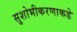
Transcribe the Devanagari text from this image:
सुशोभीकरणाकडे